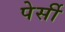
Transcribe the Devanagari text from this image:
पेर्सी